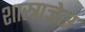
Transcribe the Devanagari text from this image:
शास्त्राज्ञेस